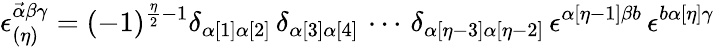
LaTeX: \epsilon_{(\eta)}^{\vec{\alpha}\beta\gamma}=(-1)^{\frac{\eta}{2}-1}\delta_{\alpha[1]\alpha[2]}\, \delta_{\alpha[3]\alpha[4]}\, \cdots\, \delta_{\alpha[\eta-3]\alpha[\eta-2]}\, \epsilon^{\alpha[\eta-1]\beta b}\, \epsilon^{b\alpha[\eta]\gamma}\;